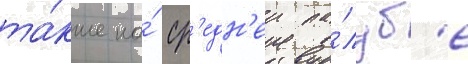
та́кже на́ ср'едн'еи па́луб'е